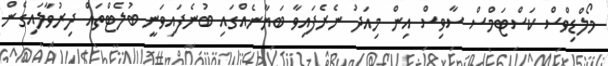
މޯލްޑިވްސް ކަސްޓަމްސް ސާވިސް އިން މިއަދު ނެރެފައިވާ ބަޔާނެއްގައި ބުނެފައިވަނީ ބުލެޓްތައް ދިރުވާލައިގެން